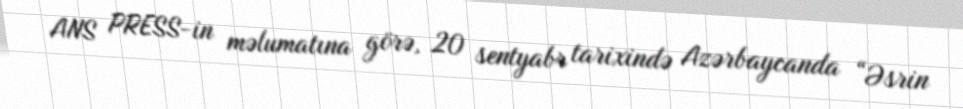
ANS PRESS-in məlumatına görə, 20 sentyabr tarixində Azərbaycanda “Əsrin